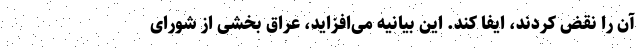
آن را نقض کردند، ایفا کند. این بیانیه می‌افزاید، عراق بخشی از شورای